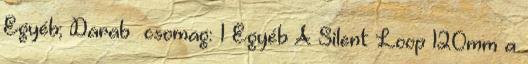
Egyéb; Darab csomag: 1 Egyéb A Silent Loop 120mm a